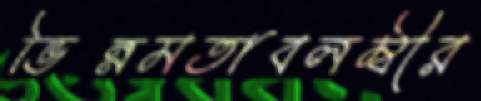
ভিন্নমতাবলম্বীর